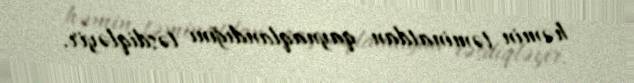
həmin təminatdan qaynaqlandığını təsdiqləyir.